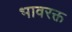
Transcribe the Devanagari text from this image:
भावरक्त